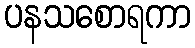
ပနသစောရကာ